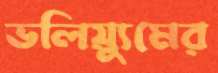
ভলিয়্যুমের